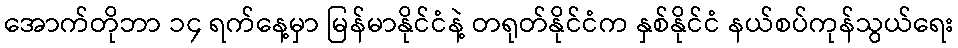
အောက်တိုဘာ ၁၄ ရက်နေ့မှာ မြန်မာနိုင်ငံနဲ့ တရုတ်နိုင်ငံက နှစ်နိုင်ငံ နယ်စပ်ကုန်သွယ်ရေး